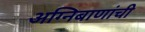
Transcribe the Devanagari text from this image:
अग्निबाणांची